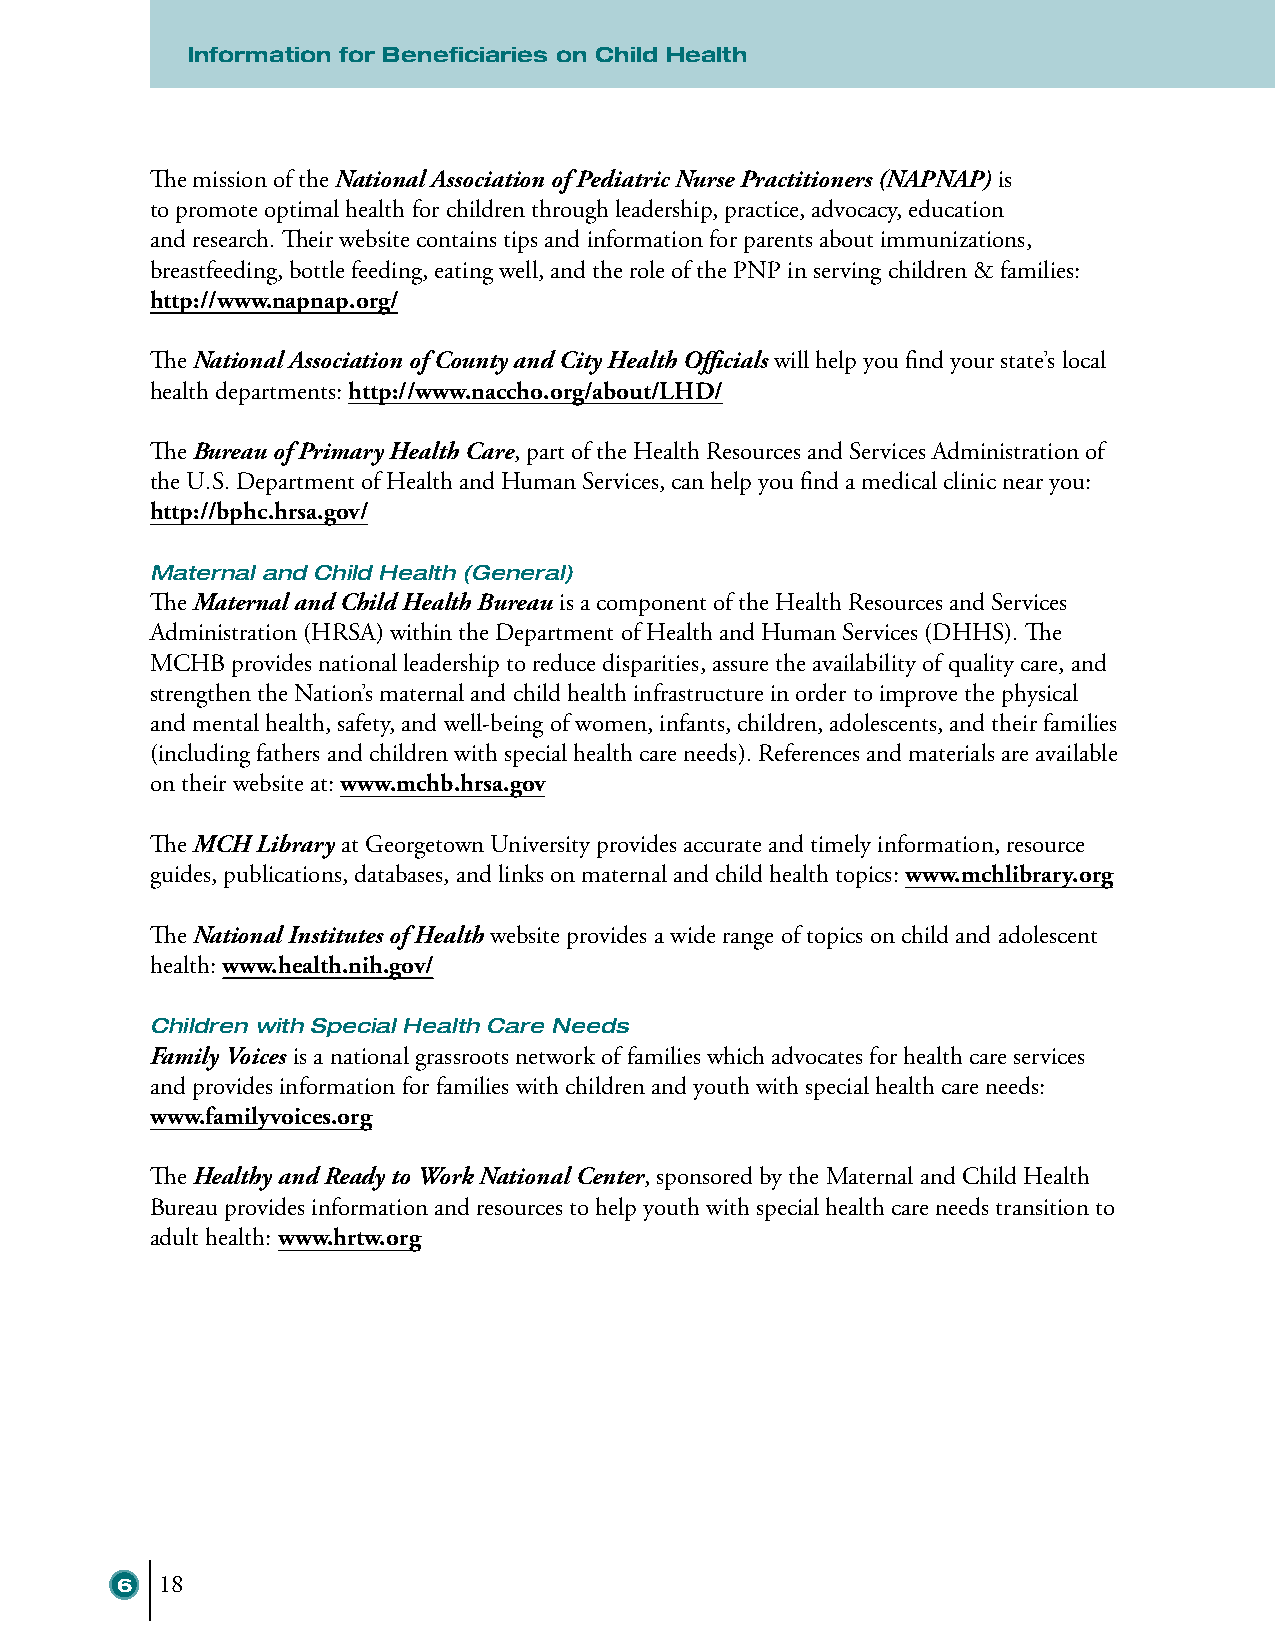
IInnffoorrmmaattiioonn ffoorr BBeenneefificciiaarriieess oonn CChhiilldd HHeeaalltthh
 The mission of the National Association of Pediatric Nurse Practitioners (NAPNAP) is
 to promote optimal health for children through leadership, practice, advocacy, education
 and research. Their website contains tips and information for parents about immunizations,
 breastfeeding, bottle feeding, eating well, and the role of the PNP in serving children & families:
 http://www.napnap.org/
 The National Association of County and City Health Officials will help you find your state’s local
 health departments: http://www.naccho.org/about/LHD/
 The Bureau of Primary Health Care, part of the Health Resources and Services Administration of
 the U.S. Department of Health and Human Services, can help you find a medical clinic near you:
 http://bphc.hrsa.gov/
 Maternal and Child Health (General)
 The Maternal and Child Health Bureau is a component of the Health Resources and Services
 Administration (HRSA) within the Department of Health and Human Services (DHHS). The
 MCHB provides national leadership to reduce disparities, assure the availability of quality care, and
 strengthen the Nation’s maternal and child health infrastructure in order to improve the physical
 and mental health, safety, and well-being of women, infants, children, adolescents, and their families
 (including fathers and children with special health care needs). References and materials are available
 on their website at: www.mchb.hrsa.gov
 The MCH Library at Georgetown University provides accurate and timely information, resource
 guides, publications, databases, and links on maternal and child health topics: www.mchlibrary.org
 The National Institutes of Health website provides a wide range of topics on child and adolescent
 health: www.health.nih.gov/
 Children with Special Health Care Needs
 Family Voices is a national grassroots network of families which advocates for health care services
 and provides information for families with children and youth with special health care needs:
 www.familyvoices.org
 The Healthy and Ready to Work National Center, sponsored by the Maternal and Child Health
 Bureau provides information and resources to help youth with special health care needs transition to
 adult health: www.hrtw.org
 6  18